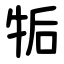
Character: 㸸